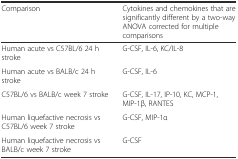
<table><thead><tr><td><b>Comparison</b></td><td><b>Cytokines and chemokines that are significantly different by a two-way ANOVA corrected for multiple comparisons</b></td></tr></thead><tbody><tr><td>Human acute vs C57BL/6 24 h stroke</td><td>G-CSF, IL-6, KC/IL-8</td></tr><tr><td>Human acute vs BALB/c 24 h stroke</td><td>G-CSF, IL-6</td></tr><tr><td>C57BL/6 vs BALB/c week 7 stroke</td><td>G-CSF, IL-17, IP-10, KC, MCP-1, MIP-1β, RANTES</td></tr><tr><td>Human liquefactive necrosis vs C57BL/6 week 7 stroke</td><td>G-CSF, MIP-1α</td></tr><tr><td>Human liquefactive necrosis vs BALB/c week 7 stroke</td><td>G-CSF</td></tr></tbody></table>